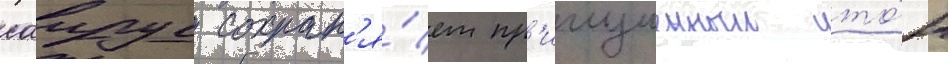
саирус сохран'я́ет пр'иглушенныи то́н